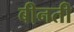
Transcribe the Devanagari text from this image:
बीनती